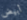
أبيض